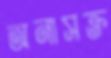
অনাসক্ত